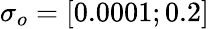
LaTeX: \sigma_{o}=[0.0001;0.2]